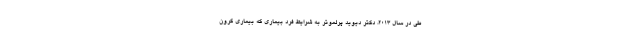
طی در سال 2013، دکتر دیوید پرلموتر به شرایط فرد بیماری که بیماری کرون